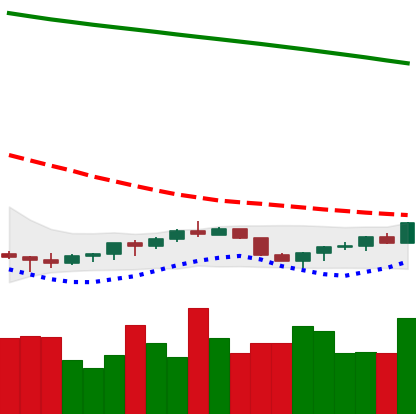
Ticker: EOS-USD
Chart end date: 2022-07-18
Forward return: 10.205%
Label: up_7plus